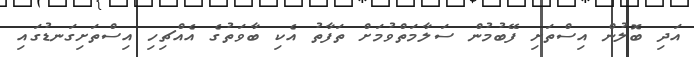
އަދި ބޮލުން އިސްތަށި ފޭބުމުން ސަލާމަތްވުމަށް ތަފާތު އެކި ބާވަތުގެ އެއްޗިހި އިސްތަށިގަނޑުގައި